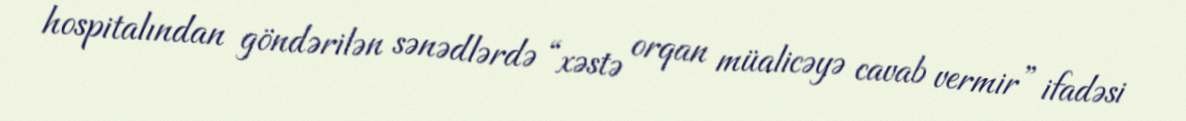
hospitalından göndərilən sənədlərdə “xəstə orqan müalicəyə cavab vermir” ifadəsi